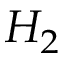
H _ { 2 }